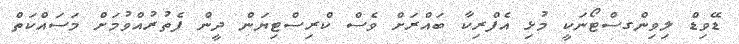
ޑޭވިޑް ލިވިންގސްޓޯނަކީ މުޅި އެފްރިކާ ބައްރަށް ވެސް ކްރިސްޓިޔަން ދީން ފެތުރުއްވުމަށް މަސައްކަތް